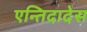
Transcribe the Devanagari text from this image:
एन्तिदादेस